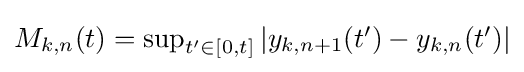
\textstyle M_{k,n}(t)=\sup _{t'\in [0,t]}|y_{k,n+1}(t')-y_{k,n}(t')|